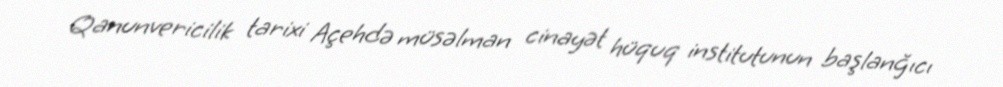
Qanunvericilik tarixi Açehdə müsəlman cinayət hüquq institutunun başlanğıcı